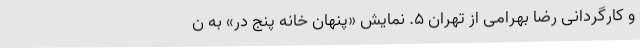
و کارگردانی رضا بهرامی از تهران 5. نمایش «پنهان خانه پنج در» به ن